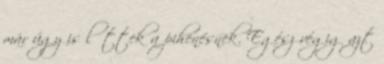
már úgy is lőttek a pihenésnek. Egész végig azt